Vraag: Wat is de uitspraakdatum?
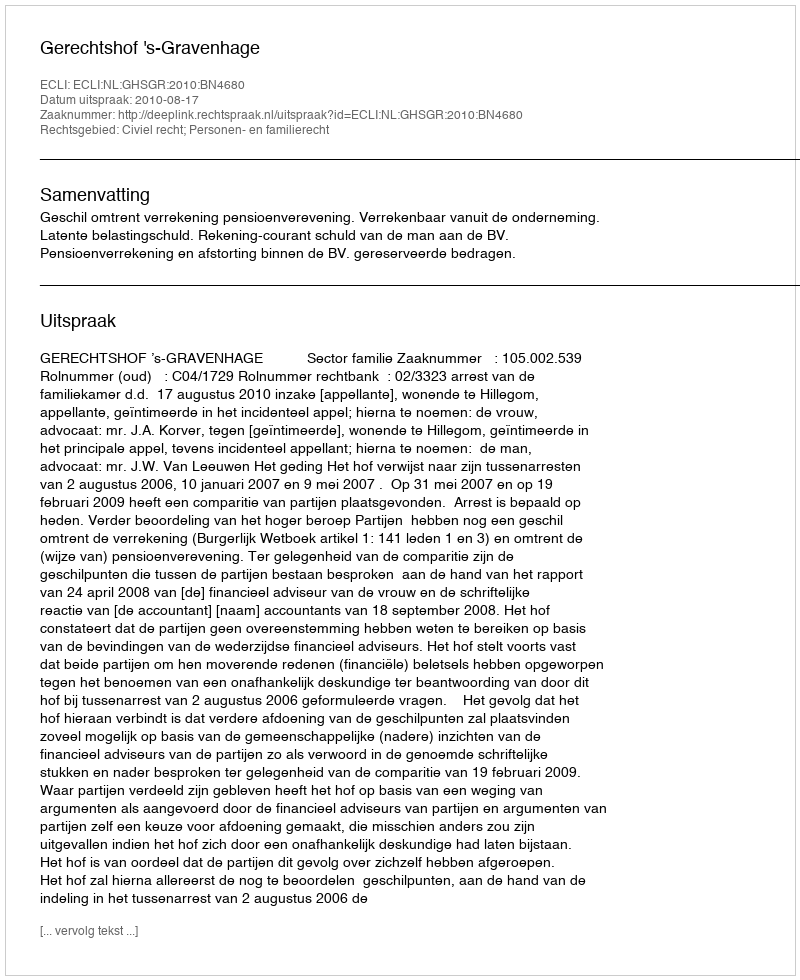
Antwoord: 2010-08-17